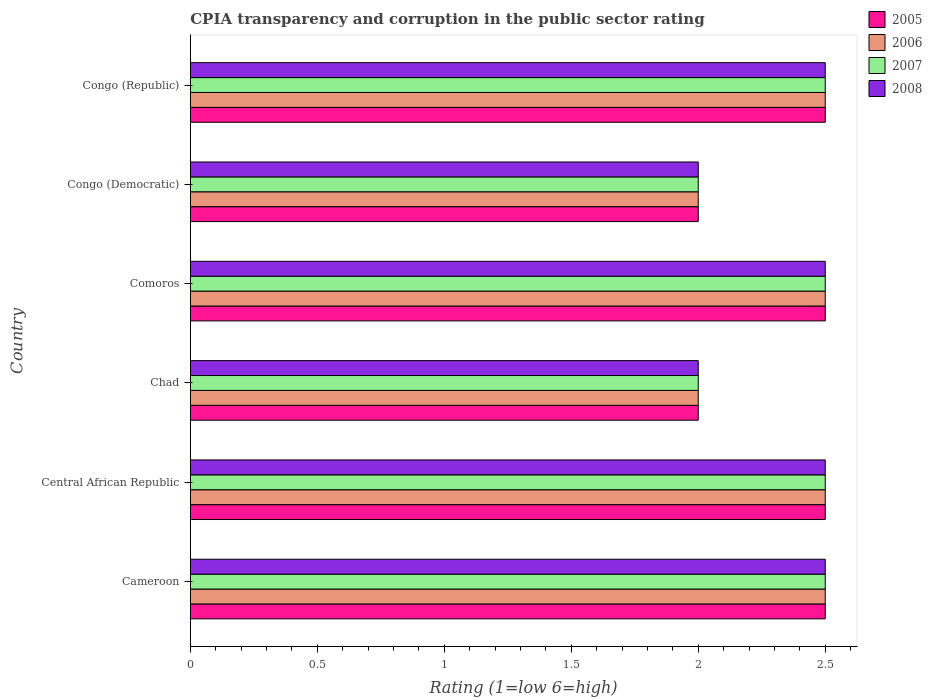
| Country | 2005 | 2006 | 2007 | 2008 |
 | --- | --- | --- | --- | --- |
 | Cameroon | 2.5 | 2.5 | 2.5 | 2.5 |
 | Central African Republic | 2.5 | 2.5 | 2.5 | 2.5 |
 | Chad | 2 | 2 | 2 | 2 |
 | Comoros | 2.5 | 2.5 | 2.5 | 2.5 |
 | Congo (Democratic) | 2 | 2 | 2 | 2 |
 | Congo (Republic) | 2.5 | 2.5 | 2.5 | 2.5 |